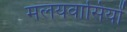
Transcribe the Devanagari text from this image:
मलयवासियों